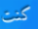
كنت